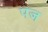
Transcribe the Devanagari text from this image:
पज